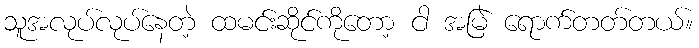
သူအလုပ်လုပ်နေတဲ့ ထမင်းဆိုင်ကိုတော့ ငါ အမြဲ ရောက်တတ်တယ်။